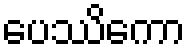
ပေဿိကော